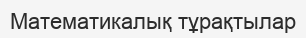
Математикалық тұрақтылар